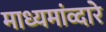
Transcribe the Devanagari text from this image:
माध्यमांव्दारे